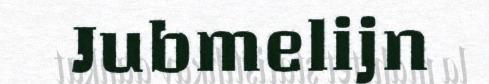
Jubmelijn